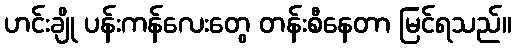
ဟင်းချို ပန်းကန်လေးတွေ တန်းစီနေတာ မြင်ရသည်။